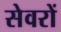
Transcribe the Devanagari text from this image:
सेवरों